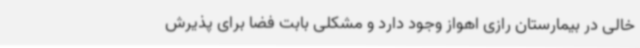
خالی در بیمارستان رازی اهواز وجود دارد و مشکلی بابت فضا برای پذیرش